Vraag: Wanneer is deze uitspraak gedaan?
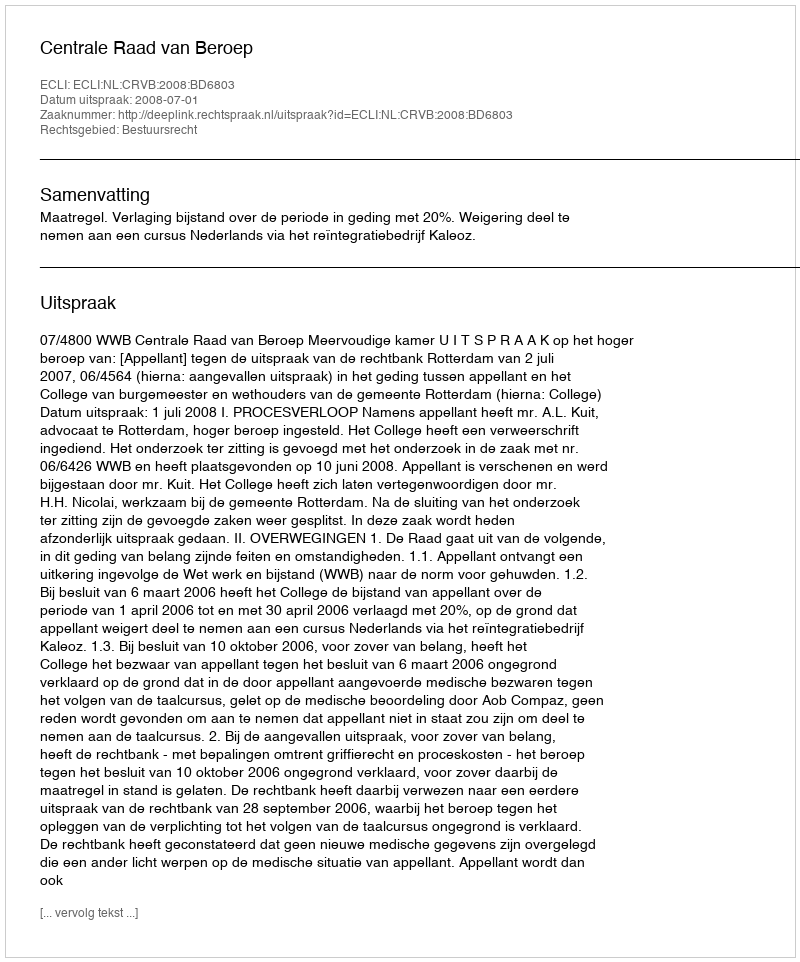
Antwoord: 2008-07-01